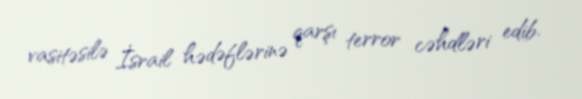
vasitəsilə İsrail hədəflərinə qarşı terror cəhdləri edib.